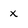
Character: x